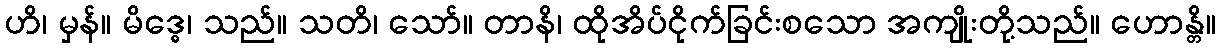
ဟိ၊ မှန်။ မိဒ္ဓေ၊ သည်။ သတိ၊ သော်။ တာနိ၊ ထိုအိပ်ငိုက်ခြင်းစသော အကျိုးတို့သည်။ ဟောန္တိ။